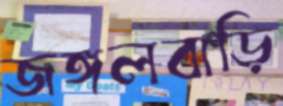
জঙ্গলবাড়ি